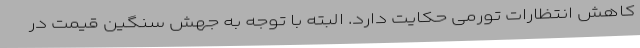
کاهش انتظارات تورمی حکایت دارد. البته با توجه به جهش سنگین قیمت در